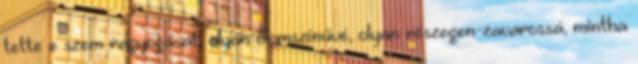
tette e szem ragyogását, olyan ólomszínűvé, olyan részegen-zavarossá, mintha